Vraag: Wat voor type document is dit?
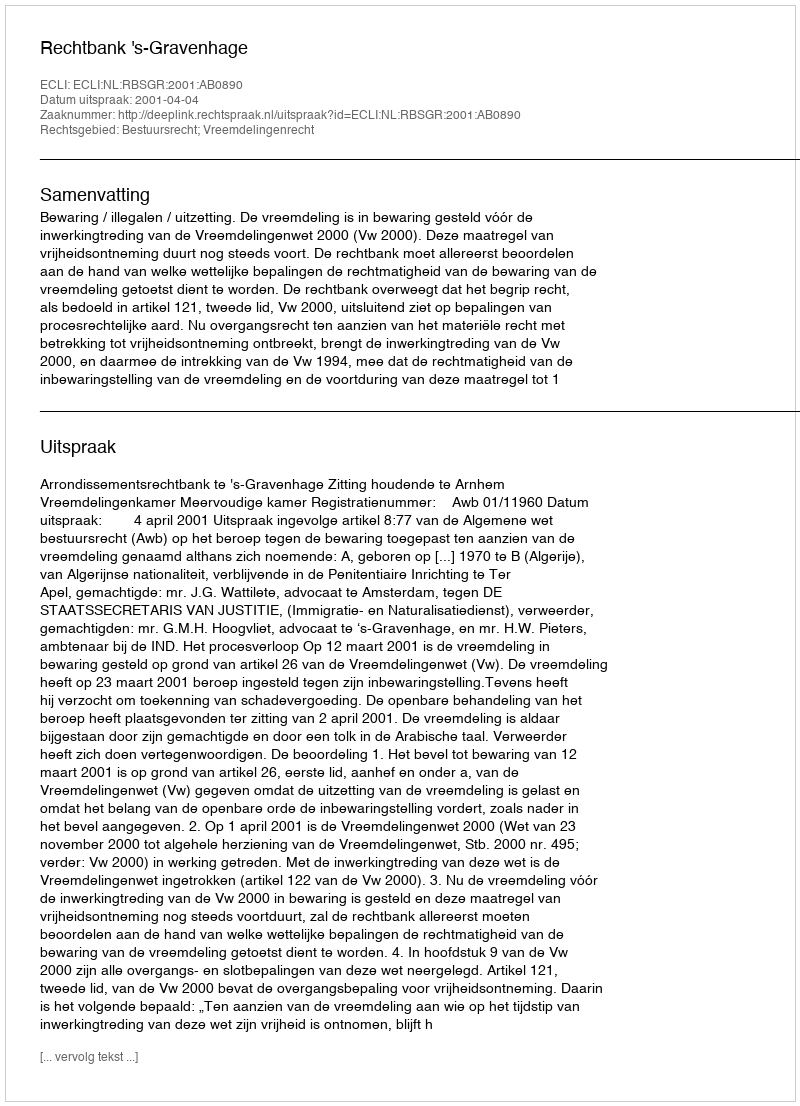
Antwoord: Uitspraak